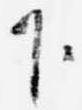
下